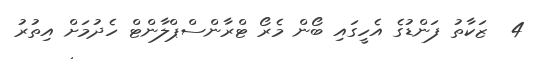
4  ޒަކާތު ފަންޑުގެ އެހީގައި ބޯން މެރޯ ޓްރާންސްޕްލާންޓް ހެދުމަށް އިތުރު